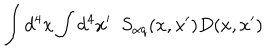
\int d ^ { 4 } x \int d ^ { 4 } x ^ { \prime } \, \, \, S _ { \alpha q } ( x , x ^ { \prime } ) D ( x , x ^ { \prime } )